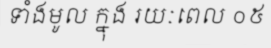
ទាំងមូល ក្នុង រយៈពេល ០៥